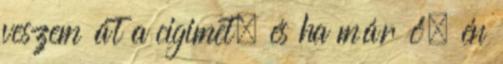
veszem át a cigimet, és ha már ő, én